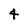
Character: 4